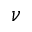
\nu